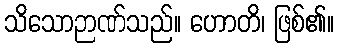
သိသောဉာဏ်သည်။ ဟောတိ၊ ဖြစ်၏။